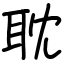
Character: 耽